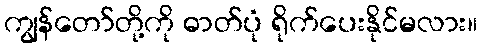
ကျွန်တော်တို့ကို ဓာတ်ပုံ ရိုက်ပေးနိုင်မလား။